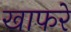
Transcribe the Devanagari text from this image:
खाफरे